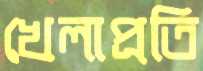
খেলাপ্রতি